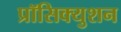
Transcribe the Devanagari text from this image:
प्रॉसिक्युशन